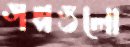
গল্পগুলো